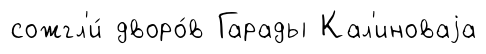
сожгл'и́ дворо́в Гарады Кал'иноваjа